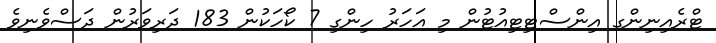
ޓްރެއިނިންގ އިންސްޓިޓިއުޓުން މި އަހަރު ހިންގި 7 ކޯހަކުން 183 ދަރިވަރުން ދަސްވެނިވެ